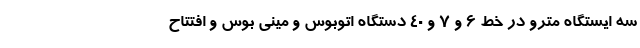
سه ایستگاه مترو در خط ۶ و ۷ و ۴۰ دستگاه اتوبوس و مینی بوس و افتتاح